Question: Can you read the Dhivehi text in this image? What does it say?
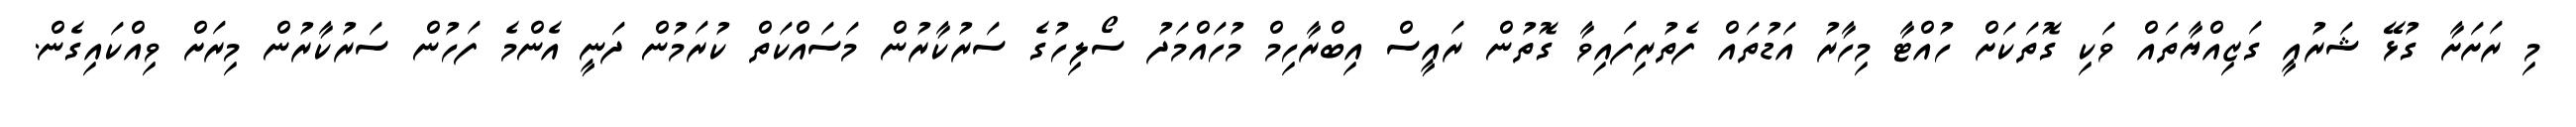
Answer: މި ރަށަށާ ގުޅޭ ޝަރުއީ ގަޒިއްޔާތައް ވަކި ގޮތަކަށް ހުއްޓާ މިހާރު އަޑުތައް ފެތުރިފައިވާ ގޮތުން ރައީސް އިބްރާހިމް މުހައްމަދު ސޯލިހުގެ ސަރުކާރުން މަސައްކަތް ކުރަމުން ދަނީ އެންމެ ފަހުން ސަރުކާރުން މިރަށް ވިއްކައިގެން.